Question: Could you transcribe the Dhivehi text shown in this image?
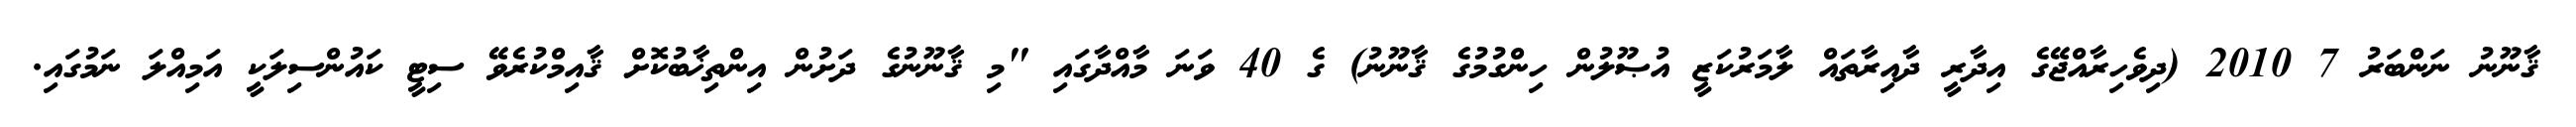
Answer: ޤާނޫނު ނަންބަރު 7 2010 (ދިވެހިރާއްޖޭގެ އިދާރީ ދާއިރާތައް ލާމަރުކަޒީ އުޞޫލުން ހިންގުމުގެ ޤާނޫނު) ގެ 40 ވަނަ މާއްދާގައި "މި ޤާނޫނުގެ ދަށުން އިންތިޚާބުކޮށް ޤާއިމްކުރެވޭ ސިޓީ ކައުންސިލަކީ އަމިއްލަ ނަމުގައި.